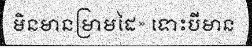
មិនមានម្រាមដៃ» ទោះបីមាន